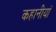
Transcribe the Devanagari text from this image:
कहानीयां